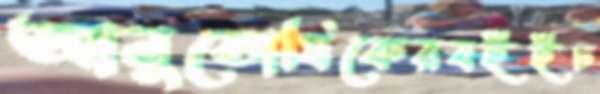
আনুতোষিকেরবইইঢ